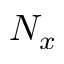
N _ { x }